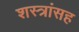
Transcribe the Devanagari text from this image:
शस्त्रांसह